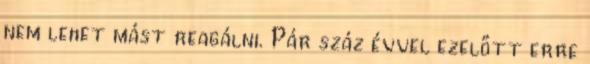
nem lehet mást reagálni. Pár száz évvel ezelőtt erre